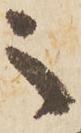
之